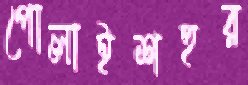
পোলাইশহুর